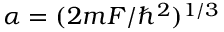
\alpha = ( 2 m F / \hbar ^ { 2 } ) ^ { 1 / 3 }